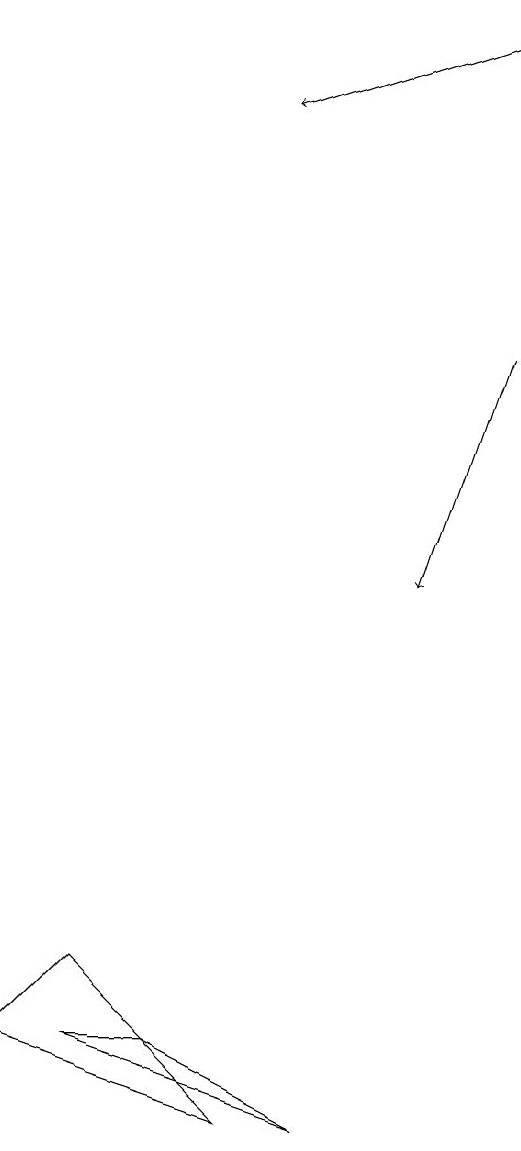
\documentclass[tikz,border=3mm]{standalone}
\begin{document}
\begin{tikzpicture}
\draw (4,4) -- (6,3) -- (3,4) -- cycle;
\draw[->] (8,13) -- (7,10);
\draw[->] (8,17) -- (5,16);
\draw (2,4) -- (5,3) -- (3,5) -- cycle;
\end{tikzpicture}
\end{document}